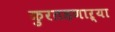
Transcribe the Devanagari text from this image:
कुरतडणाऱ्या